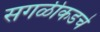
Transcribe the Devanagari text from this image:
सगळीकडचे